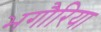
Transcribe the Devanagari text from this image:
भगौरिया